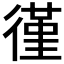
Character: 𫹡